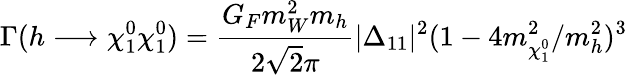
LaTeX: \Gamma(h\longrightarrow\chi_{1}^{0}\chi_{1}^{0})={\frac{G_{F}m_{W}^{2}m_{h}}{2\sqrt{2}\pi}}|\Delta_{11}|^{2}(1-4m_{\chi_{1}^{0}}^{2}/m_{h}^{2})^{3}